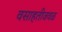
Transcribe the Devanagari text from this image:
वसाहतीजवळ